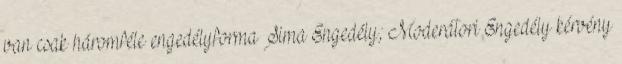
van csak háromféle engedélyforma Sima Engedély; Moderátori Engedély kérvény